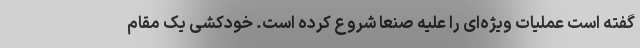
گفته است عملیات ویژه‌ای را علیه صنعا شروع کرده است. خودکشی یک مقام